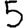
Digit: 5